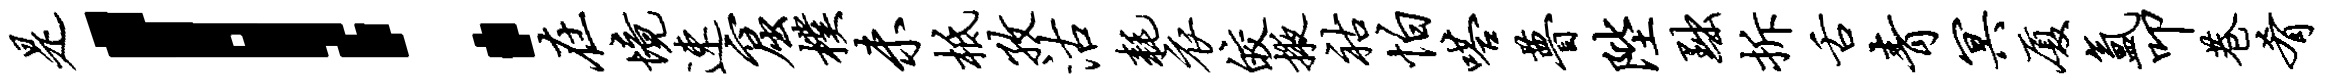
是！在境速窟朴未柢孜沽耗衣皎掖祜怕嗒瞢陛黜拆舌青冥厦氲叩巷肴